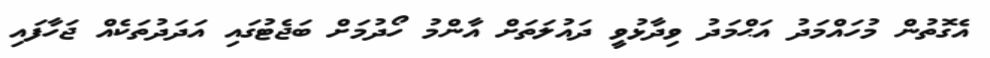
އެގޮތުން މުހައްމަދު އަޙްމަދު ވިދާޅުވީ ދައުލަތަށް އާންމު ހޯދުމަށް ބަޖެޓުގައި އަދަދުތަކެއް ޖަހާފައި